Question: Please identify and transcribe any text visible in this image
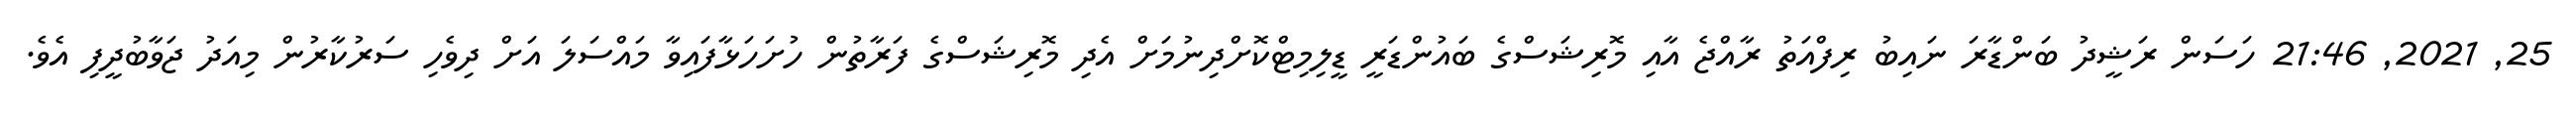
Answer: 25, 2021, 21:46 ހަސަން ރަޝީދު ބަންޑާރަ ނައިބު ރިފްއަތު ރާއްޖެ އާއި މޮރިޝަސްގެ ބައުންޑަރީ ޑީލިމިޓްކޮށްދިނުމަށް އެދި މޮރިޝަސްގެ ފަރާތުން ހުށަހަޅާފައިވާ މައްސަލަ އަށް ދިވެހި ސަރުކާރުން މިއަދު ޖަވާބުދީފި އެވެ.